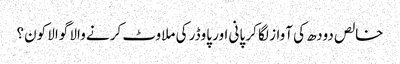
خالص دودھ کی آواز لگا کر پانی اور پاوڈر کی ملاوٹ کرنے والا گوالا کون؟